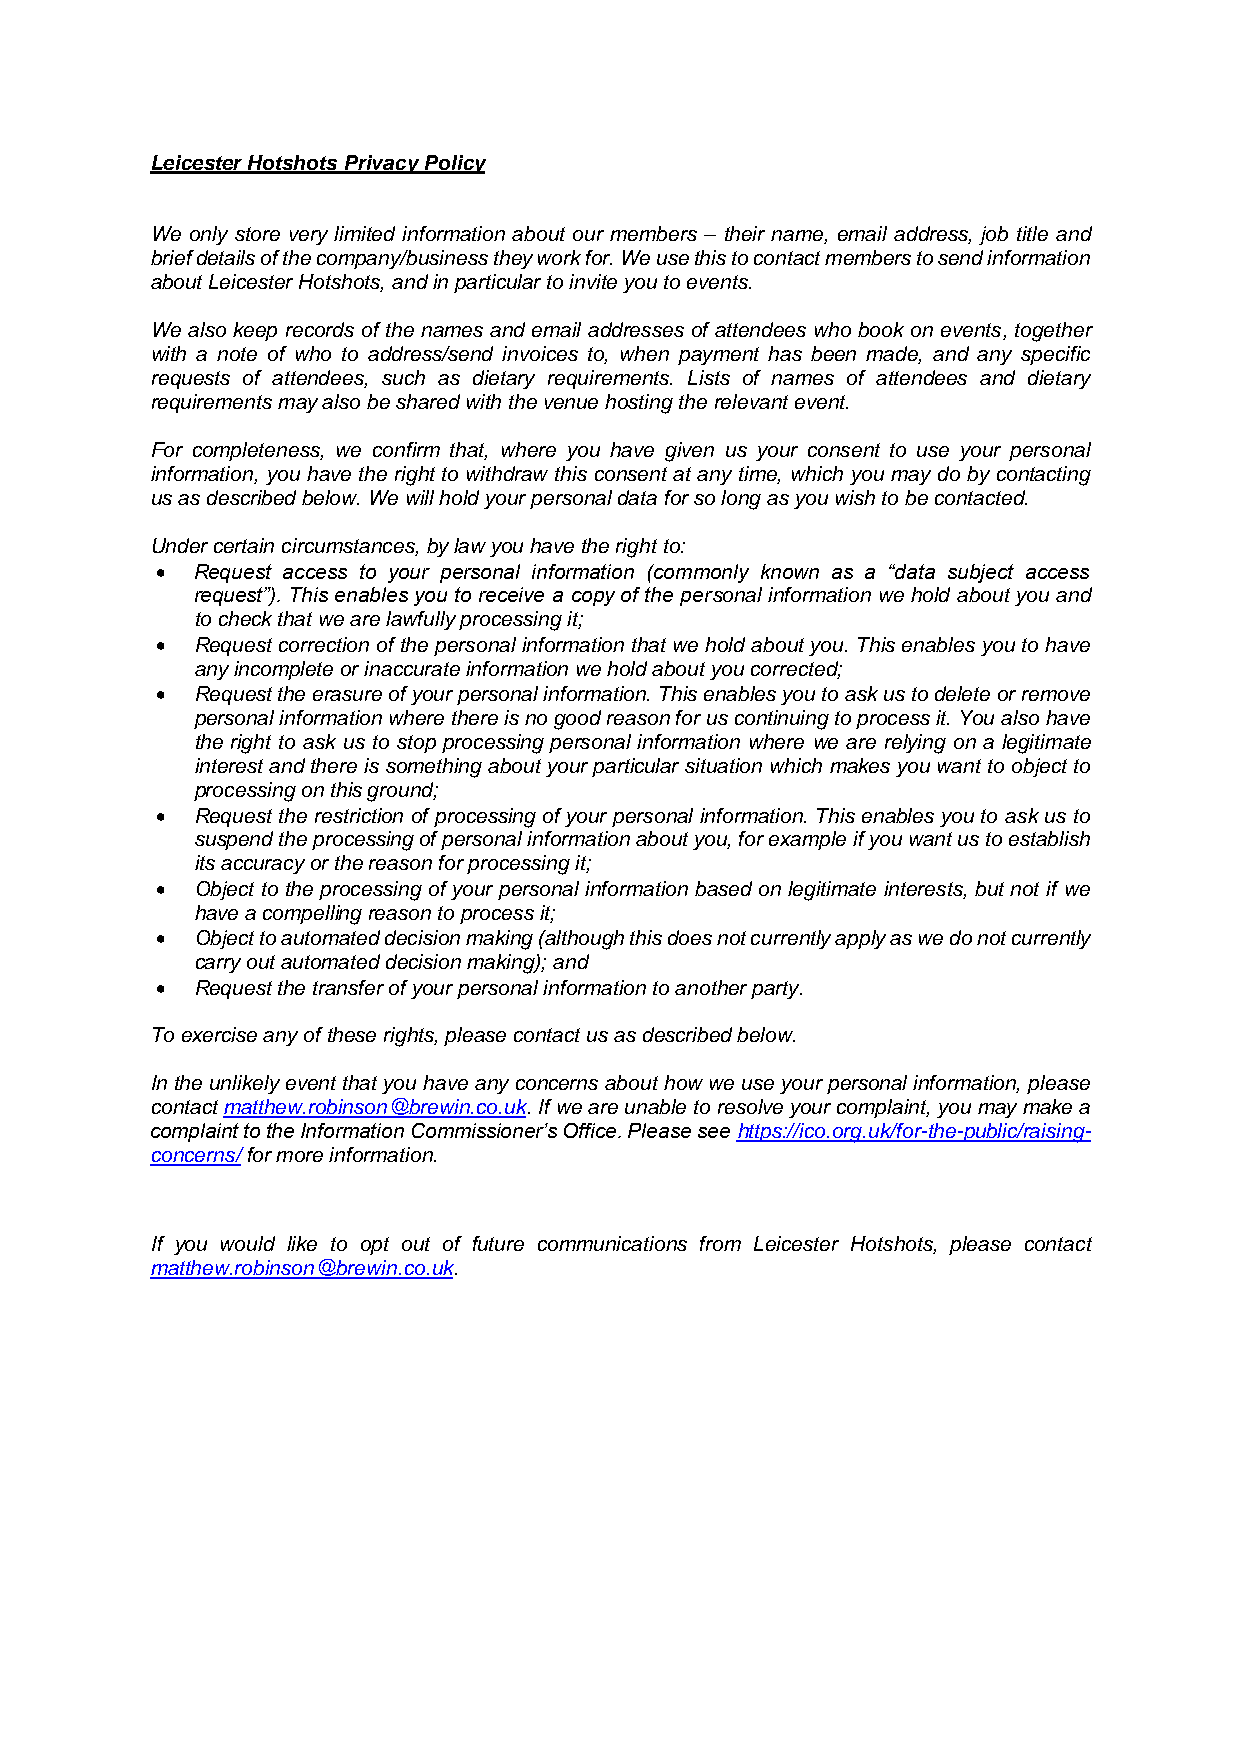
Leicester Hotshots Privacy Policy
 We only store very limited information about our members – their name, email address, job title and
 brief details of the company/business they work for. We use this to contact members to send information
 about Leicester Hotshots, and in particular to invite you to events.
 We also keep records of the names and email addresses of attendees who book on events, together
 with a note of who to address/send invoices to, when payment has been made, and any specific
 requests of attendees, such as dietary requirements. Lists of names of attendees and dietary
 requirements may also be shared with the venue hosting the relevant event.
 For completeness, we confirm that, where you have given us your consent to use your personal
 information, you have the right to withdraw this consent at any time, which you may do by contacting
 us as described below. We will hold your personal data for so long as you wish to be contacted.
 Under certain circumstances, by law you have the right to:
 •  Request access to your personal information (commonly known as a “data subject access
 request”). This enables you to receive a copy of the personal information we hold about you and
 to check that we are lawfully processing it;
 •  Request correction of the personal information that we hold about you. This enables you to have
 any incomplete or inaccurate information we hold about you corrected;
 •  Request the erasure of your personal information. This enables you to ask us to delete or remove
 personal information where there is no good reason for us continuing to process it. You also have
 the right to ask us to stop processing personal information where we are relying on a legitimate
 interest and there is something about your particular situation which makes you want to object to
 processing on this ground;
 •  Request the restriction of processing of your personal information. This enables you to ask us to
 suspend the processing of personal information about you, for example if you want us to establish
 its accuracy or the reason for processing it;
 •  Object to the processing of your personal information based on legitimate interests, but not if we
 have a compelling reason to process it;
 •  Object to automated decision making (although this does not currently apply as we do not currently
 carry out automated decision making); and
 •  Request the transfer of your personal information to another party.
 To exercise any of these rights, please contact us as described below.
 In the unlikely event that you have any concerns about how we use your personal information, please
 contact matthew.robinson@brewin.co.uk. If we are unable to resolve your complaint, you may make a
 complaint to the Information Commissioner’s Office. Please see https://ico.org.uk/for-the-public/raising-
 concerns/ for more information.
 If you would like to opt out of future communications from Leicester Hotshots, please contact
 matthew.robinson@brewin.co.uk.